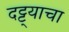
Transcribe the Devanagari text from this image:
दट्ट्याचा